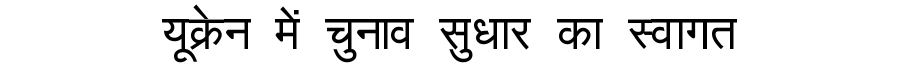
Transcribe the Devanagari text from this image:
यूक्रेन में चुनाव सुधार का स्वागत